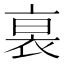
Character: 𧙴